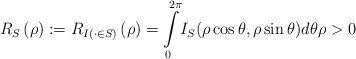
LaTeX: \begin{align*}R_{S}\left( \rho\right) :=R_{I\left( \cdot\in S\right) }\left(\rho\right) ={\displaystyle\int\limits_{0}^{2\pi}}I_S(\rho\cos\theta,\rho\sin\theta) d\theta\rho>0\end{align*}